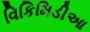
વિકિમિડીઆ